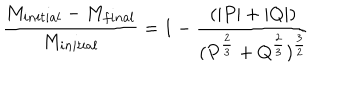
LaTeX: { \frac { M _ { i n i t i a l } - M _ { f i n a l } } { M _ { i n i t i a l } } } = 1 - { \frac { ( | P | + | Q | ) } { ( P ^ { \frac { 2 } { 3 } } + Q ^ { \frac { 2 } { 3 } } ) ^ { \frac { 3 } { 2 } } } }